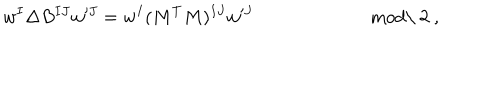
w ^ { I } \Delta B ^ { I J } w ^ { J } = w ^ { I } ( M ^ { T } M ) ^ { I J } w ^ { J } \qquad \qquad \qquad \; \mathrm { m o d \ 2 } \ ,